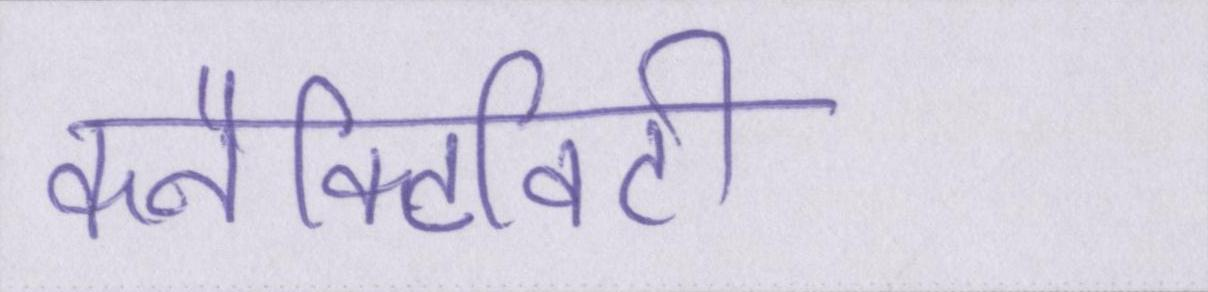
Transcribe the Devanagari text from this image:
कनैक्टिविटी